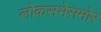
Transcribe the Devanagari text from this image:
लोकसभेसमोर